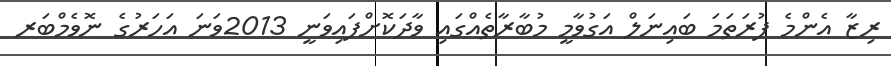
ރިޒާ އެންމެ ފުރަތަމަ ބައިނަލް އަގުވާމީ މުބާރާތެއްގައި ވާދަކޮށްފައިވަނީ 2013ވަނަ އަހަރުގެ ނޮވެމްބަރ